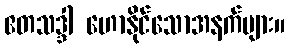
ဧတသဒ္ဒါ ဟောနိုင်သောအနက်များ။